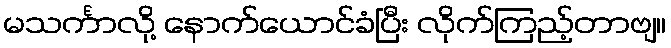
မသင်္ကာလို့ နောက်ယောင်ခံပြီး လိုက်ကြည့်တာဗျ။